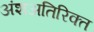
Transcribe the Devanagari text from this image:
अंशअतिरिक्त